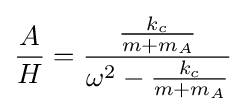
{\frac {A}{H}}={\frac {\frac {k_{c}}{m+m_{A}}}{\omega ^{2}-{\frac {k_{c}}{m+m_{A}}}}}